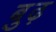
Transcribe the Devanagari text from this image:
बु़ढ़